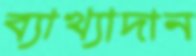
ব্যাখ্যাদান